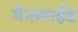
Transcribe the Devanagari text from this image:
मैनकाईंड